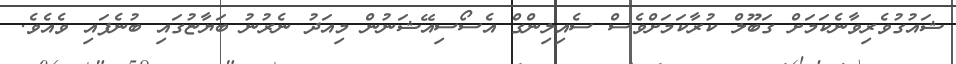
ޝައުގުވެރިވާނެކަމަށް ގަބޫލް ކުރާކަމަށްވެސް ސެއިލިންގް އެސޯސިއޭޝަނުން މިއަދު ނެރުނު ބަޔާޏުގައި ބުނެފައި ވެއެވެ.